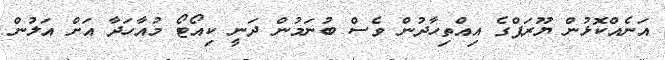
އަނެއްކޮޅުން ޔޫރަޕްގެ އިއްތިހާދުން ވެސް ބުނަމުން ދަނީ ކިއޯޓޯ މުއާހަދާ އަށް އަލުން